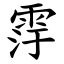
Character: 䨕